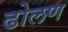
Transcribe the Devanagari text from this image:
ढोलण